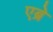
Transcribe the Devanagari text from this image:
एब्रे